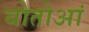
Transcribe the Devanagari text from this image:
बोतोआं